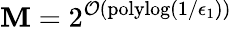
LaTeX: \mathbf{M}=2^{\mathcal{{O}}(\mathrm{{polylog}}(1/\epsilon_{1}))}